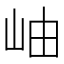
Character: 岫